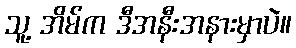
သူ့ အိမ်က ဒီအနီးအနားမှာပဲ။